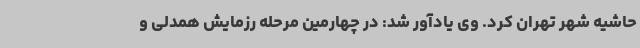
حاشیه شهر تهران کرد. وی یادآور شد: در چهارمین مرحله رزمایش همدلی و